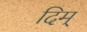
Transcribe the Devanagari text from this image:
दिम्